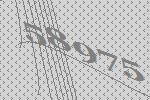
58975